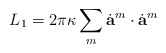
\begin{align*}L_1 = 2 \pi \kappa \sum_{m} \dot{\bf a}^{m} \cdot \dot{\bf a}^{m}\end{align*}